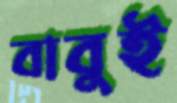
বাবুই